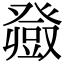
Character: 𤼼